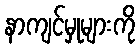
နာကျင်မှုများကို